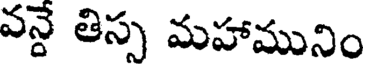
వన్దే తిస్స మహామునిం